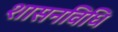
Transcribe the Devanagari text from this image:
शासनविधि